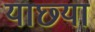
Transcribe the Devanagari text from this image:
याछ्या